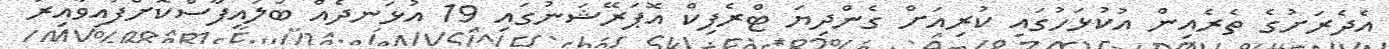
އެދެރަށުގެ ތެރެއިން އުކުޅަހުގައި ކުރިއަށް ގެންދިޔަ ޓްރެފިކް އޮޕަރޭޝަނުގައި 19 އުޅަނދެއް ބަލައިފާސްކޮށްފައިވާއިރު